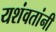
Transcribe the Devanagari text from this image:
यशंवतांनी